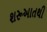
શરૂઆતથી